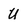
Character: U